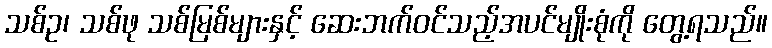
သစ်ဥ၊ သစ်ဖု သစ်မြစ်များနှင့် ဆေးဘက်ဝင်သည့်အပင်မျိုးစုံကို တွေ့ရသည်။